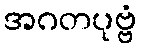
အဂတပုဗ္ဗံ